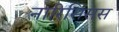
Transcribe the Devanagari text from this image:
नारिसिसस